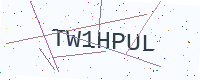
Text: TW1HPUL